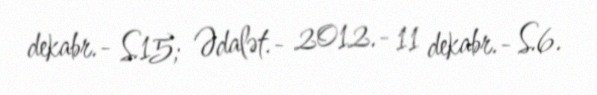
dekabr.- S.15; Ədalət.- 2012.- 11 dekabr.- S.6.